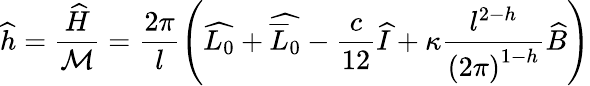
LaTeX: \widehat{h}=\displaystyle\frac{\widehat{H}}{{\cal M}}=\displaystyle\frac{2\pi}{l}\left(\widehat{L_{0}}+\widehat{\overline{{{L}}}_{0}}-\displaystyle\frac{c}{12}\widehat{I}+\kappa\displaystyle\frac{l^{2-h}}{\left(2\pi\right)^{1-h}}\widehat{B}\right)